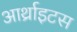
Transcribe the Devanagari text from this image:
आर्थ्राइटस